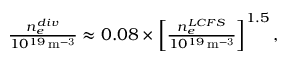
\begin{array} { r } { \frac { n _ { e } ^ { d i v } } { 1 0 ^ { 1 9 } \, \mathrm { m ^ { - 3 } } } \approx 0 . 0 8 \times \left[ \frac { n _ { e } ^ { L C F S } } { 1 0 ^ { 1 9 } \, \mathrm { m ^ { - 3 } } } \right] ^ { 1 . 5 } , } \end{array}